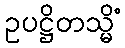
ဥပဋ္ဌိတသ္မိံ